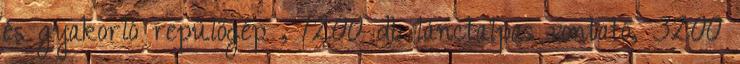
és gyakorló repülőgép , 1200 db lánctalpas vontató, 3200